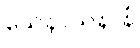
သေနာသနာနံ